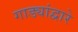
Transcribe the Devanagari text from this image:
गाड्यांद्वारे